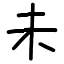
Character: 未